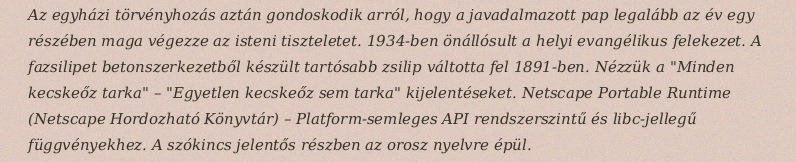
Az egyházi törvényhozás aztán gondoskodik arról, hogy a javadalmazott pap legalább az év egy részében maga végezze az isteni tiszteletet. 1934-ben önállósult a helyi evangélikus felekezet. A fazsilipet betonszerkezetből készült tartósabb zsilip váltotta fel 1891-ben. Nézzük a "Minden kecskeőz tarka" – "Egyetlen kecskeőz sem tarka" kijelentéseket. Netscape Portable Runtime (Netscape Hordozható Könyvtár) – Platform-semleges API rendszerszintű és libc-jellegű függvényekhez. A szókincs jelentős részben az orosz nyelvre épül.